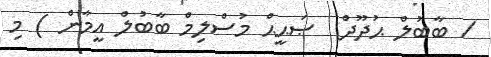
/ ބާބުލް ޙުދޫދް  ޞަޙީޙް މުސްލިމް ބާބުލް އީމާން ) މި